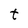
Character: t